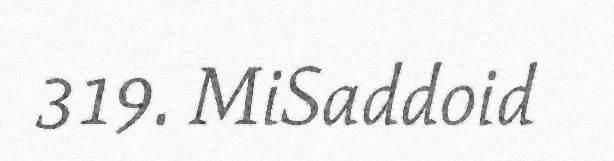
319. MiSaddoid